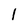
Character: 1